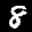
Label: 8